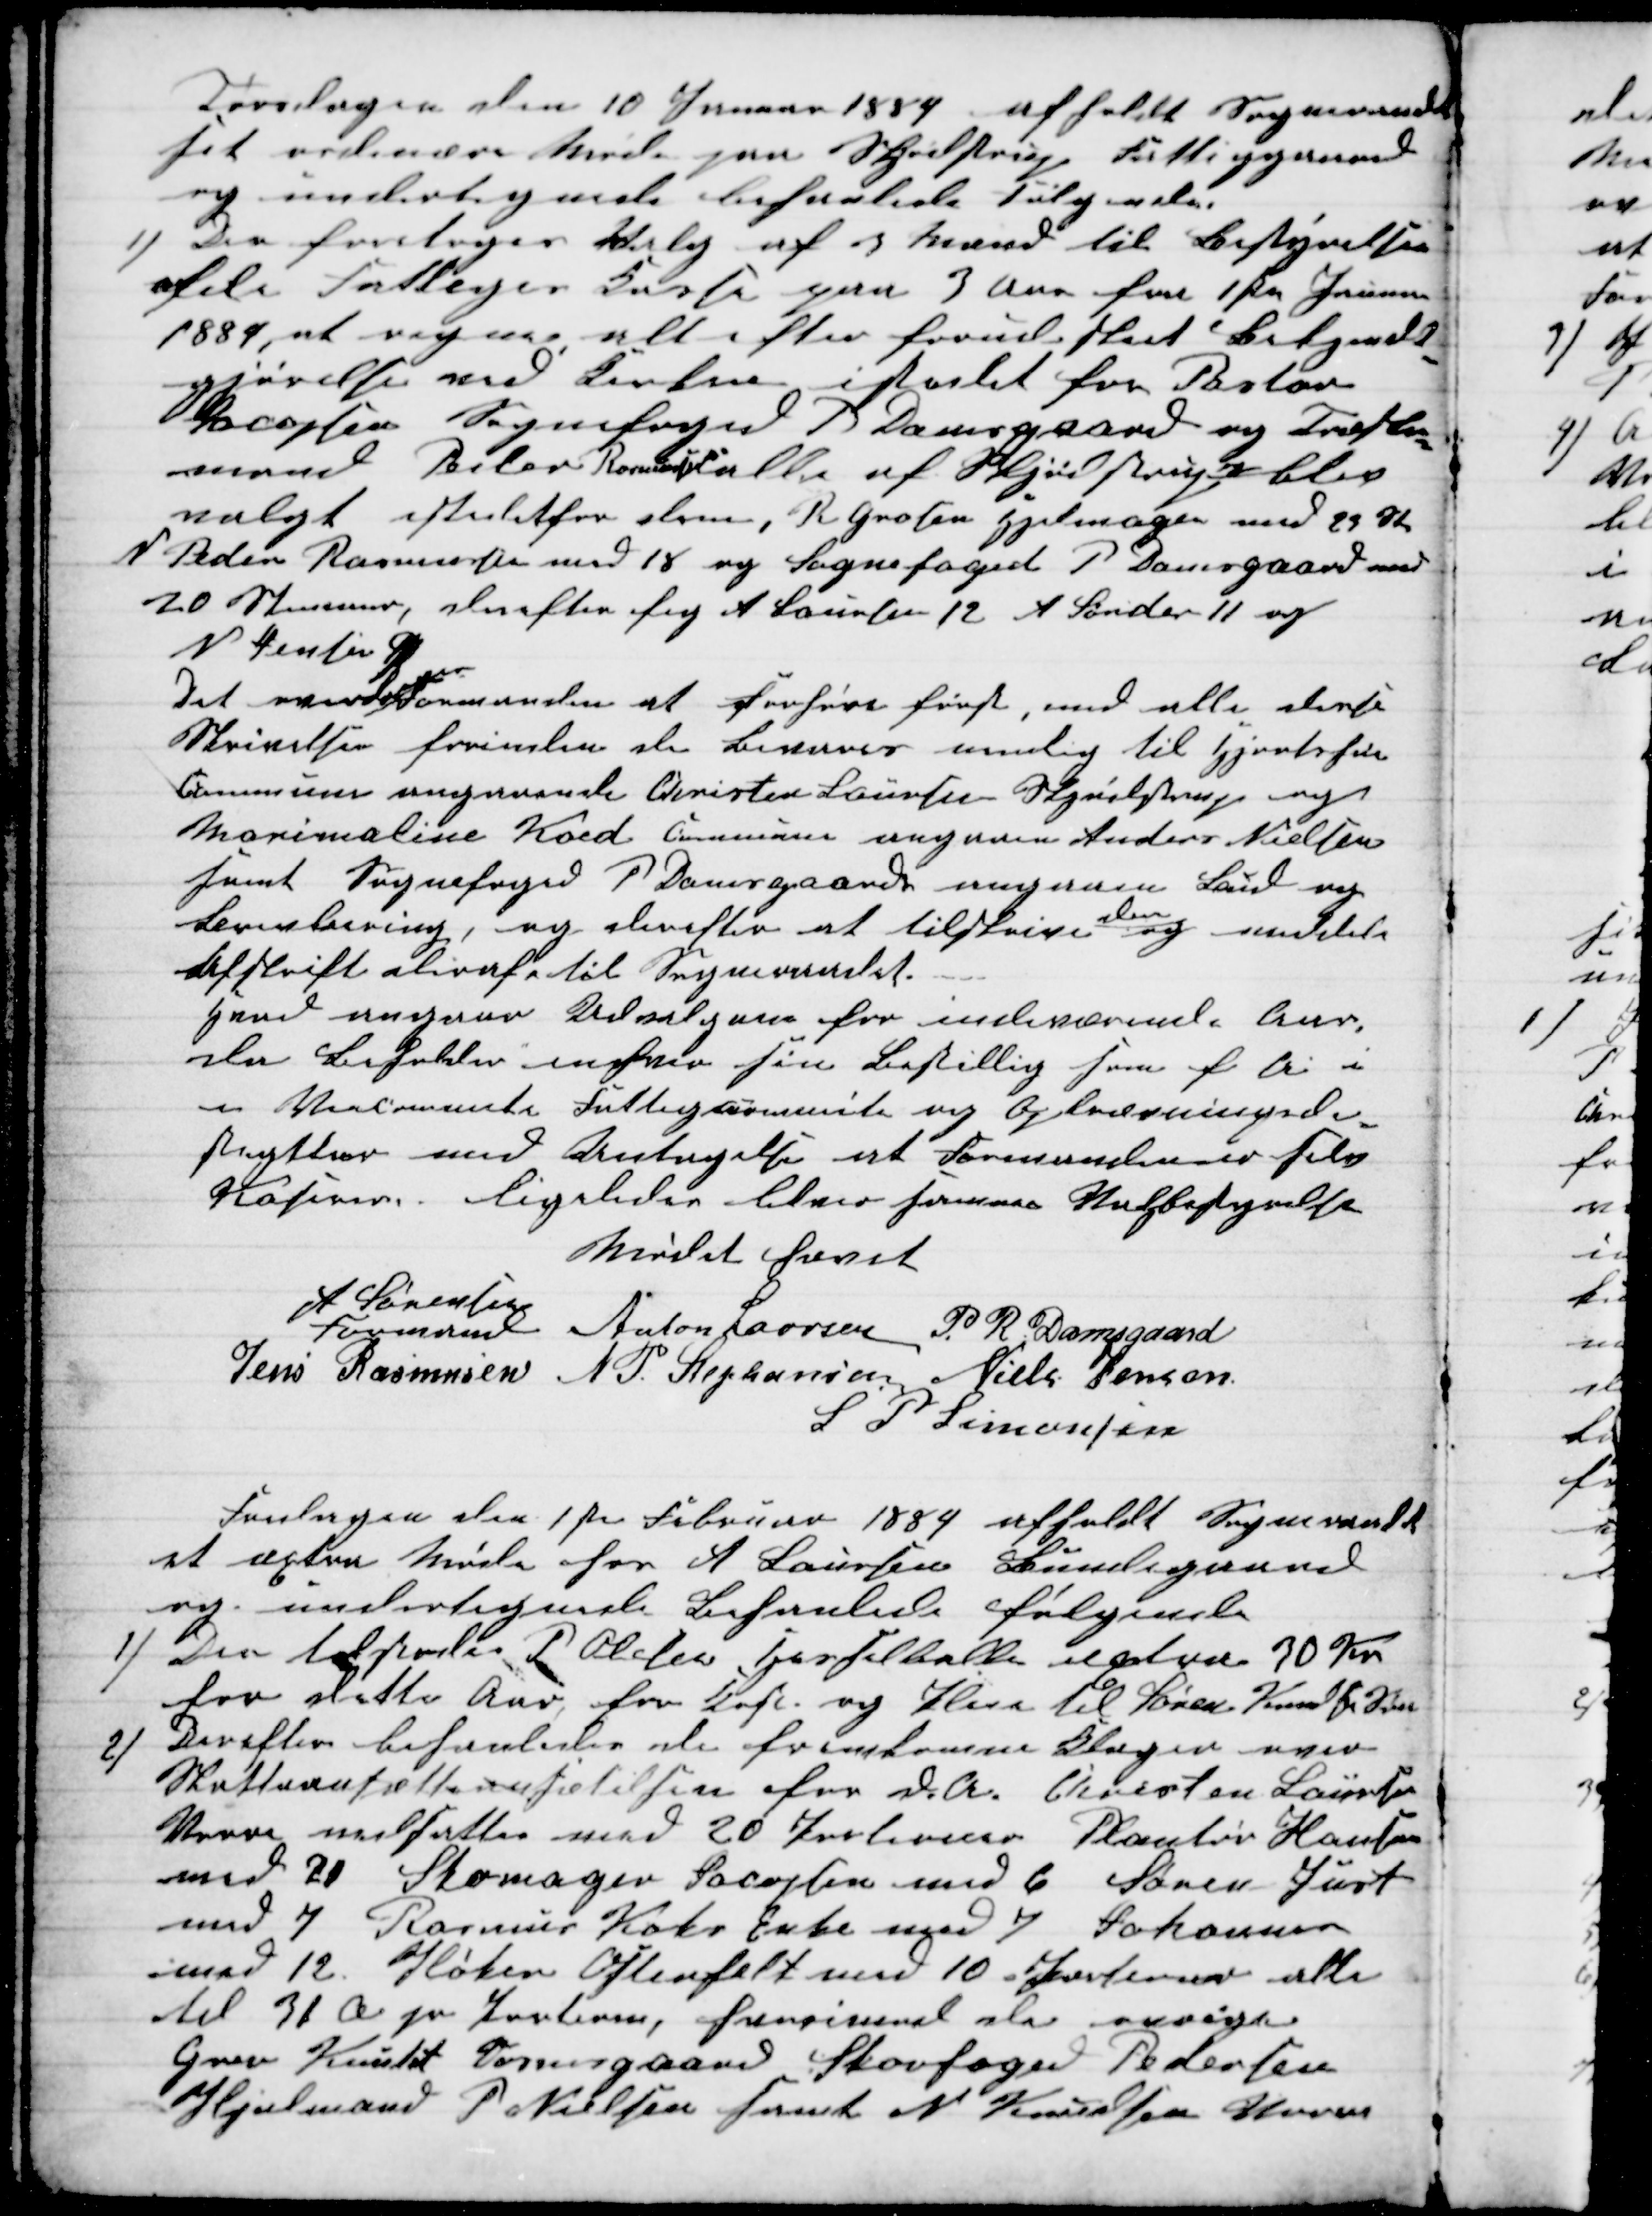
Transskription:
Torsdagen den 10 Januar 1884 afholdt Sogneraadet
sit ordinære Møde paa Skjødstrup Fattiggaard
og undertegnede behanlede Følgende
1) Der foretoges Valg af 3 Mænd til Bestyrelsen
af de Fattiges Kasse paa 3 Aar fra 1ste Januar
1884, at regne alt efter forud sket Bekjendt-
gjørelse ved Kirken istedet for Pastor
Jacopsen Sognefoged P Damsgaard og Træsko-
mand Peder Rasmussen alle af Skjødstrup blev
valgt istedetfor dem, R Grosen Hjelmager med 23 St
N Peder Rasmussen med 18 og Sognefoged P Damsgaard med
20 Stemmer, derefter fig A Laursen 12 A Sønder 11 og
N Jensen 9
Det overdroges
Formanden at Forhøre først, med alle disse
Skrivelser forinden de Leveres mulig til Hjortshoi
Commune angaaende Christen Laursen Skjødstrup og
Marimaline Koed Commune angaaen Anders Nielsen
samt Sognefoged P. Damsgaards angaaen Bud og
Brevskreving, og derefter at tilskrive 
den
og meddele
Afskrift deraf til Sogneraadet.
Hvad angaar Udvalgene for indeværende Aar,
der Beholder enhver sin Bestilling som f. A. i
en Skolecommite Fattigcommite og Opkrævningsdi-
strgtter med Antagelse at Formanden er selv
Kaserer. Ligeledes bliver samme Valgbestyrelse
Mødet hævet
A Sørensen
Formand
Anton Laursen P. R. Damsgaard
Jens Rasmusen
N. P. Stephansen Niels Jensen
S P Simonsen
Fredagen den 1ste Februar 1884 afholdt Sogneraadet
et extra Møde hos A Laursen Bundegaard
og undertegnede behanlede følgende
1) Der tilstodes P Olesen Hesselballe extra 30 Kr
for dette Aar, for Kost og Pleie til Søren Knudsens Søn
2) Derefter behanledes de fremkomne Klager over
Skatteansætteansætelsen for d. A. Christen Laursen
Vorre nedsattes med 20 Portioner Plantør Hansen
med 21 Skomager Jacopsen med 6 Søren Just
med 7 Rasmus Koks Enke med 7 Johannes
med 12. Høker Ostenfelt med 10. Portioner alle
til 31 Ø pr Portion, hvorimod de øvrige
Grev Knuht Vosnesgaard Skovfoged Pedersen
Hjulmand P Nielsen samt N Knudsen Vorre